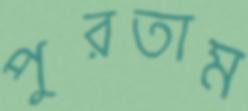
পুরতাম